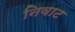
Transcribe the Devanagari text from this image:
निवाट